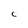
Character: C